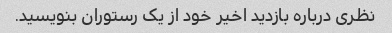
نظری درباره بازدید اخیر خود از یک رستوران بنویسید.